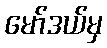
မော်ဒယ်မှ